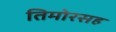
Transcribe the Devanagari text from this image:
तिमोरसह